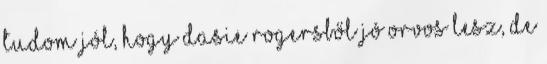
Tudom jól, hogy Dasie Rogersből jó orvos lesz, de